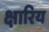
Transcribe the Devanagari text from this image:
क्षारिय